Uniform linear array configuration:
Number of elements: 48
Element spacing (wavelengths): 0.5
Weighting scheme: uniform
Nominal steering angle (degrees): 30
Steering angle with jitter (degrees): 29.78
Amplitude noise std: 0.05
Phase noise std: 0.05

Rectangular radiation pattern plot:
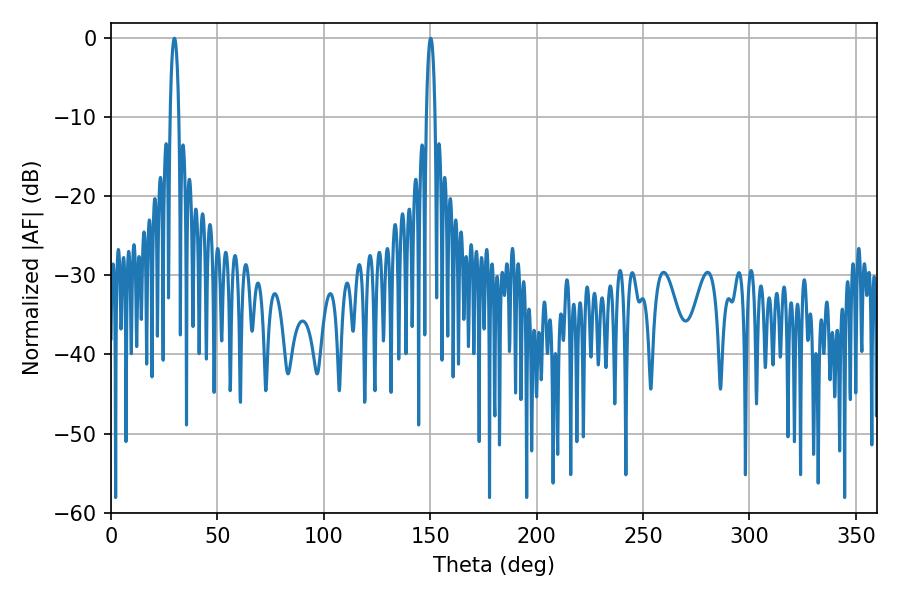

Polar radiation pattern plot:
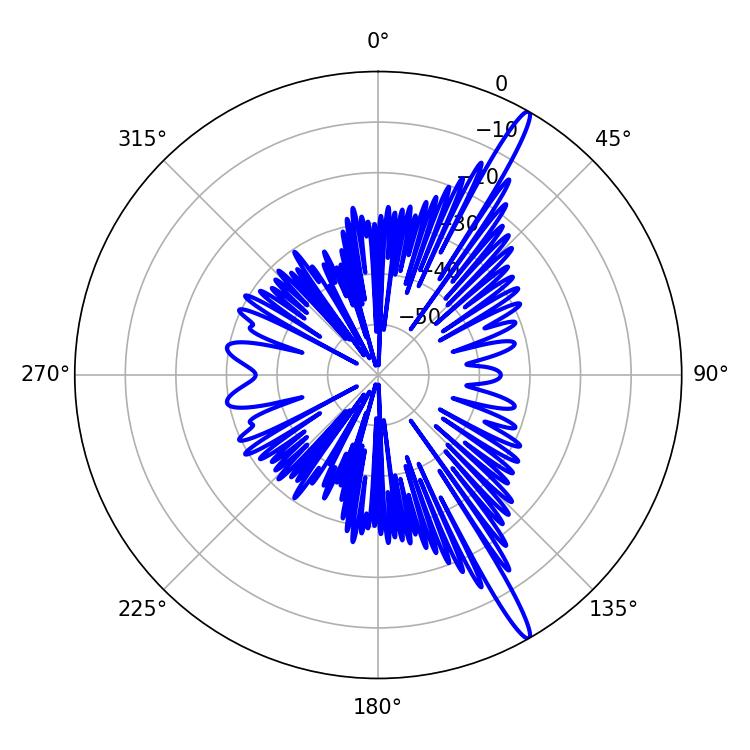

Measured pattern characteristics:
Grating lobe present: FALSE
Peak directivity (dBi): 16.276
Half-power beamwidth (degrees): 2.34
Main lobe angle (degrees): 29.7